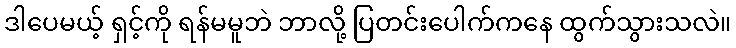
ဒါပေမယ့် ရှင့်ကို ရန်မမူဘဲ ဘာလို့ ပြတင်းပေါက်ကနေ ထွက်သွားသလဲ။